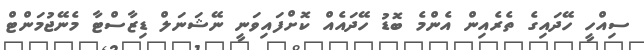
ސިއްހީ ހޭދައިގެ ތެރެއިން އެންމެ ބޮޑު ހޭދައެއް ކޮށްފައިވަނީ ނޭޝަނަލް ޑިޒާސްޓާ މެނޭޖުމަންޓް